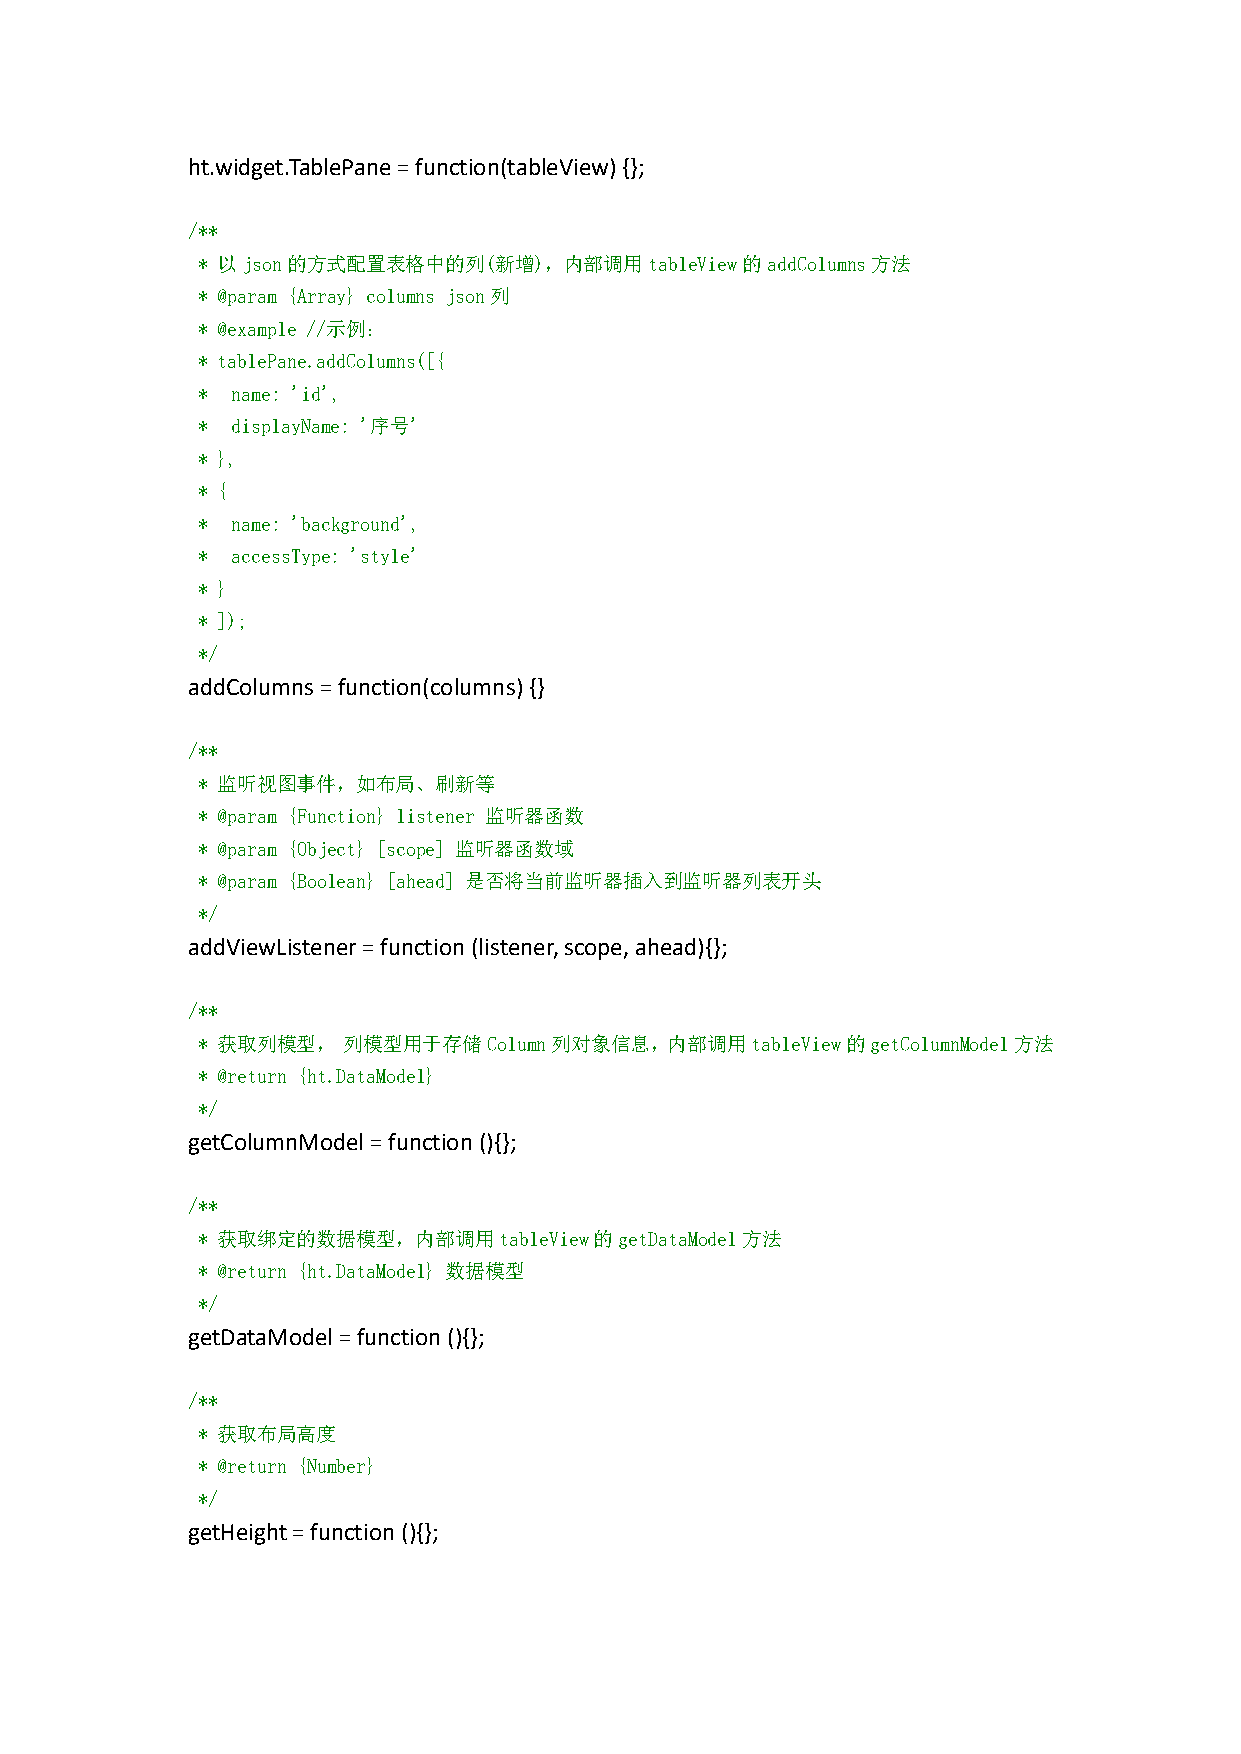
ht.widget.TablePane=function(tableView){};
 /**
 * 以json的方式配置表格中的列(新增)，内部调用tableView的addColumns方法
 * @param {Array} columns json列
 * @example //示例：
 * tablePane.addColumns([{
 * name: 'id',
 * displayName: '序号'
 * },
 * {
 * name: 'background',
 * accessType: 'style'
 * }
 * ]);
 */
 addColumns=function(columns){}
 /**
 * 监听视图事件，如布局、刷新等
 * @param {Function} listener 监听器函数
 * @param {Object} [scope] 监听器函数域
 * @param {Boolean} [ahead] 是否将当前监听器插入到监听器列表开头
 */
 addViewListener=function(listener,scope,ahead){};
 /**
 * 获取列模型，  列模型用于存储Column列对象信息，内部调用tableView的getColumnModel方法
 * @return {ht.DataModel}
 */
 getColumnModel=function(){};
 /**
 * 获取绑定的数据模型，内部调用tableView的getDataModel方法
 * @return {ht.DataModel} 数据模型
 */
 getDataModel=function(){};
 /**
 * 获取布局高度
 * @return {Number}
 */
 getHeight=function (){};